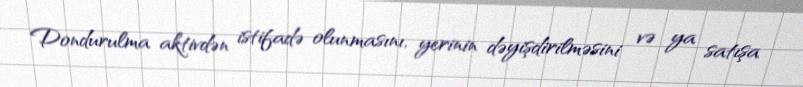
Dondurulma aktivdən istifadə olunmasını, yerinin dəyişdirilməsini və ya satışa